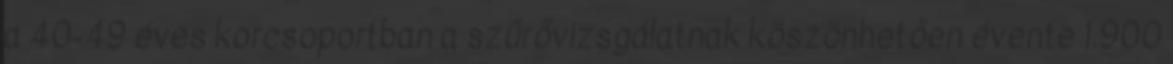
a 40-49 éves korcsoportban a szűrővizsgálatnak köszönhetően évente 1.900